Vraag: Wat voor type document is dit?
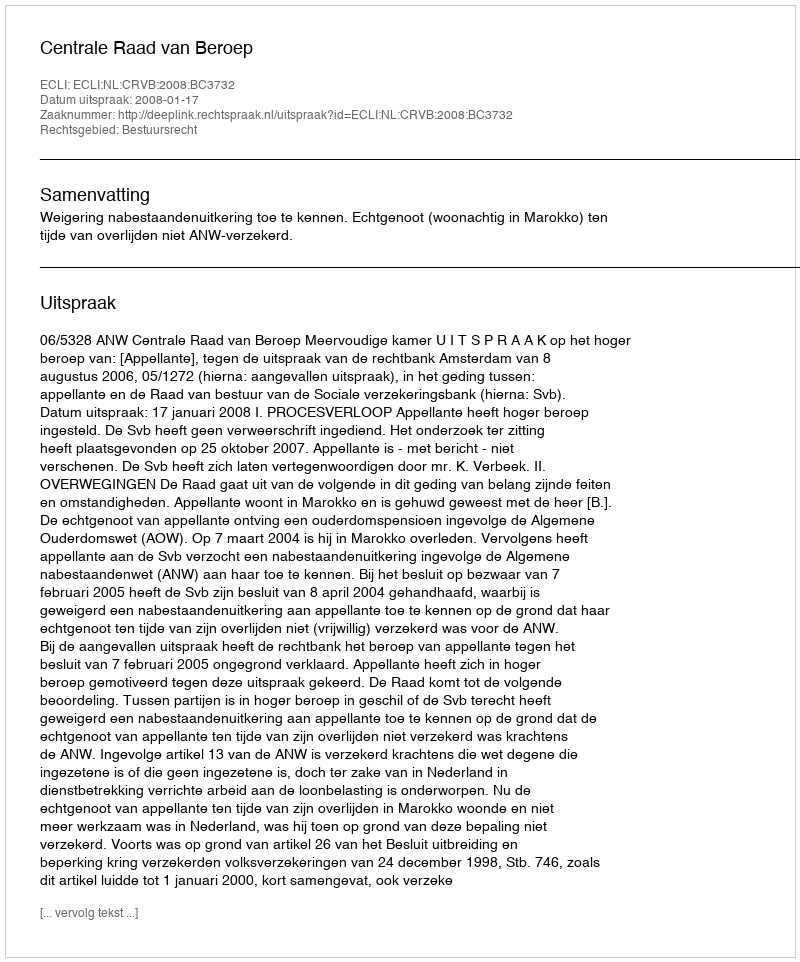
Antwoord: Uitspraak